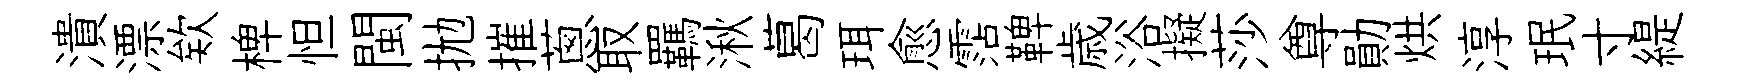
潰漂欸椑怛閩拋摧蔥取羈湫葛珥愈霑鞞歳浴擬莎尊勛烘淳珉寸緹